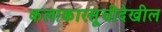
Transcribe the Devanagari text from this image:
कलाकारसूचीदेखील